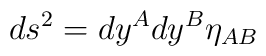
ds^2 = dy^A dy^B \eta_{AB}